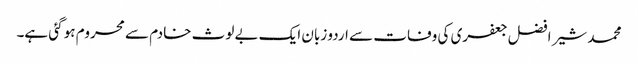
محمد شیر افضل جعفری کی وفات سے اردو زبان ایک بے لوث خادم سے محروم ہو گئی ہے۔